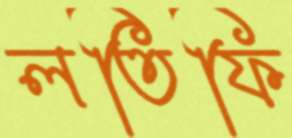
লতিফি